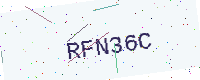
Text: RFN36C